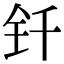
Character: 钎